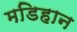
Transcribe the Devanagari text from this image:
मडिहान